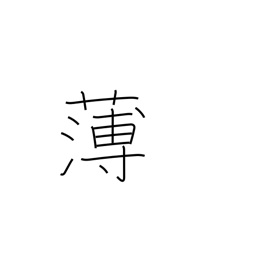
Meaning: weak (tea)